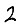
Digit: 2